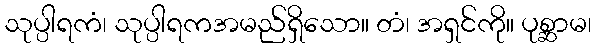
သုပ္ပါရကံ၊ သုပ္ပါရကအမည်ရှိသော။ တံ၊ အရှင်ကို။ ပုစ္ဆာမ၊